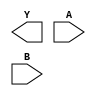
module sky130_fd_sc_hs__nand2 (
    Y,
    A,
    B
);

    output Y;
    input  A;
    input  B;

    // Voltage supply signals
    supply1 VPWR;
    supply0 VGND;

endmodule